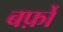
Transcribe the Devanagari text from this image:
बर्फ़ों